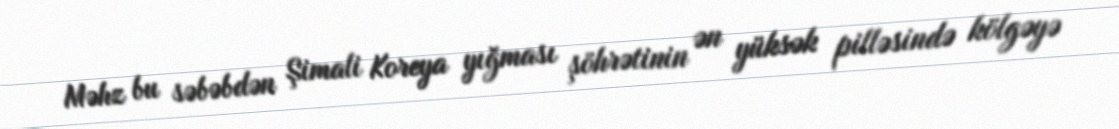
Məhz bu səbəbdən Şimali Koreya yığması şöhrətinin ən yüksək pilləsində kölgəyə